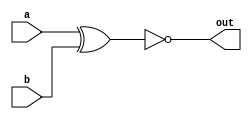
module not_xor(
   input a,
   input b,
   output out
);
    assign out = ~ (a ^ b);
endmodule